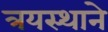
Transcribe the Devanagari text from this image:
त्रयस्थाने